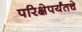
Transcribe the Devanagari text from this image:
परिक्षेपर्यंतचे